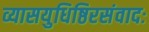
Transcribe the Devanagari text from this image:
व्यासयुधिष्ठिरसंवादः